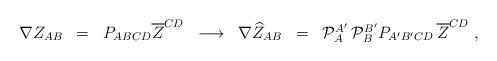
LaTeX: \begin{align*} \begin{array}{ccccccc} \nabla Z_{AB} & = & P_{ABCD}\overline{ Z}^{CD}& \longrightarrow & \nabla \widehat{Z}_{AB} & = & {\cal P}_A^{A^\prime}\, {\cal P}_B^{B^\prime} P_{A^\prime B^\prime CD}\, \overline{Z}^{CD}\ , \end{array}\end{align*}